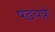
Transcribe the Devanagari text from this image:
षडयत्रं